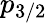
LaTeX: p_{3/2}